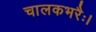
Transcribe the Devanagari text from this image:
चालकभरैः।